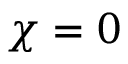
\chi = 0